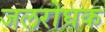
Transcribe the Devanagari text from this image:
जलरोघक